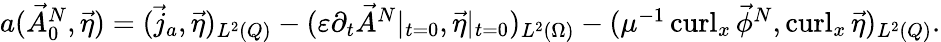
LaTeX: \begin{array}{r}{a(\vec{A}_{0}^{N},\vec{\eta})=(\vec{j}_{a},\vec{\eta})_{L^{2}(Q)}-(\varepsilon\partial_{t}\vec{A}^{N}|_{t=0},\vec{\eta}|_{t=0})_{L^{2}(\Omega)}-(\mu^{-1}\operatorname{curl}_{x}\vec{\phi}^{N},\operatorname{curl}_{x}\vec{\eta})_{L^{2}(Q)}.}\end{array}